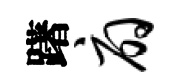
躇扇